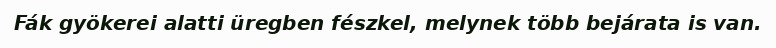
Fák gyökerei alatti üregben fészkel, melynek több bejárata is van.